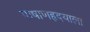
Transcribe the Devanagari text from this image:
पाषाणहृदयाला